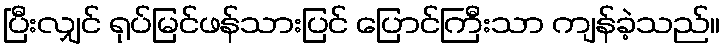
ပြီးလျှင် ရုပ်မြင်ဖန်သားပြင် ပြောင်ကြီးသာ ကျန်ခဲ့သည်။